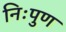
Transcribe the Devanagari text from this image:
निःपुण